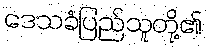
ဒေသခံပြည်သူတို့၏